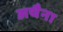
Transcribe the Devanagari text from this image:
अथैना